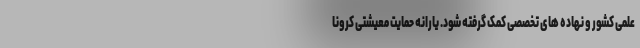
علمی کشور و نهاده های تخصصی کمک گرفته شود. یارانه حمایت معیشتی کرونا